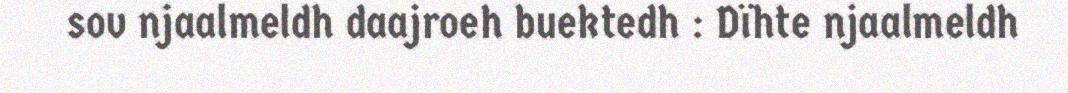
sov njaalmeldh daajroeh buektedh : Dïhte njaalmeldh